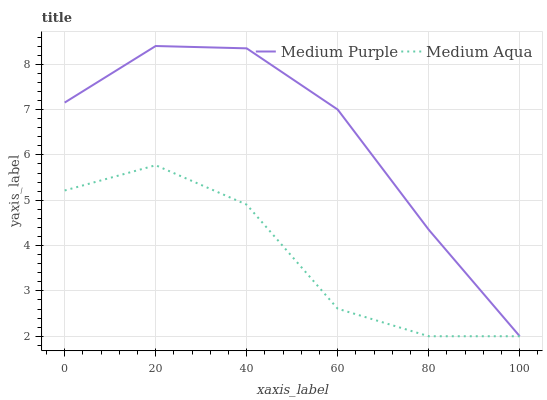
| xaxis_label | Medium Purple | Medium Aqua |
 | --- | --- | --- |
 | 0 | 7.15 | 5.22 |
 | 20 | 8.4 | 5.77 |
 | 40 | 8.35 | 4.9 |
 | 60 | 7 | 2.61 |
 | 80 | 4.35 | 2 |
 | 100 | 2 | 2 |